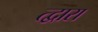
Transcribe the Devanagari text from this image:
त्द्वारा